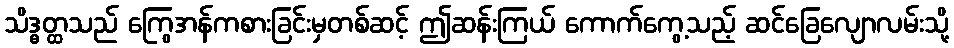
သိဒ္ဓတ္ထသည် ကြွေအန်ကစားခြင်းမှတစ်ဆင့် ဤဆန်းကြယ် ကောက်ကွေ့သည့် ဆင်ခြေလျောလမ်းသို့